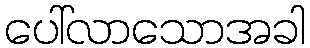
ပေါ်လာသောအခါ